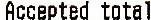
ACCEPTED TOTAL